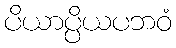
ပိယာပ္ပိယပဘဝံ